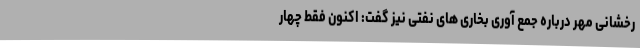
رخشانی مهر درباره جمع آوری بخاری های نفتی نیز گفت: اکنون فقط چهار